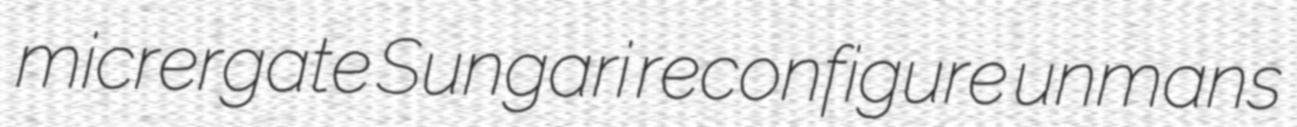
micrergate Sungari reconfigure unmans